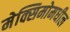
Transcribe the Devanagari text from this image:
मेक्सिमोमधील